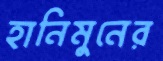
হানিমুনের